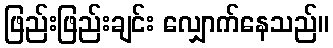
ဖြည်းဖြည်းချင်း လျှောက်နေသည်။